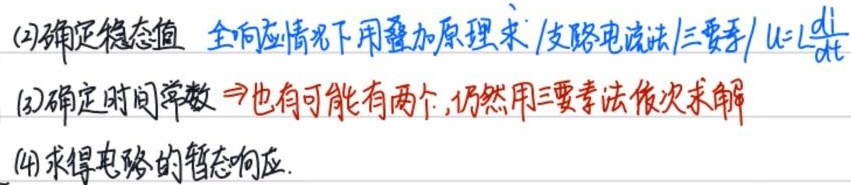
(2)确定稳态值 全响应情况下用叠加原理求/支路电流法/三要素/ \(u = L\frac{di}{dt}\)
(3)确定时间常数 →也有可能有两个,仍然用三要素法依次求解
(4)求得电路的暂态响应.